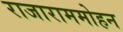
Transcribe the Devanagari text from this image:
राजाराममोहन